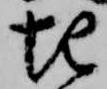
起